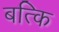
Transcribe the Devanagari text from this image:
बत्कि